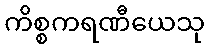
ကိစ္စကရဏီယေသု